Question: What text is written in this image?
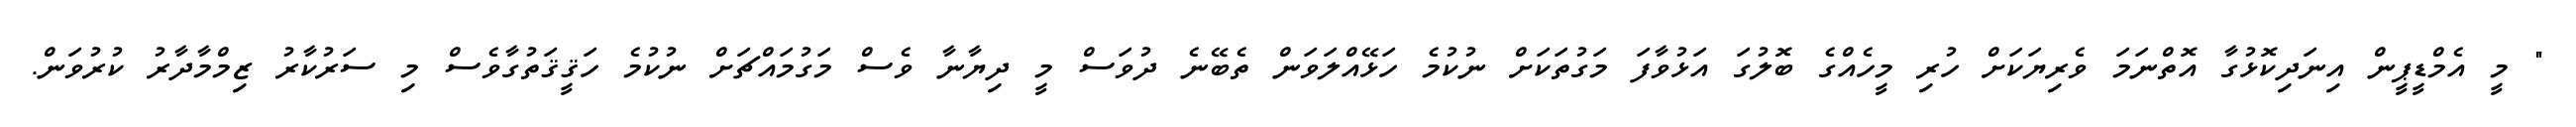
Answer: " މީ އެމްޑީޕީން އިނަދިކޮޅުގާ އޮތްނަމަ ވެރިޔަކަށް ހުރި މީހެއްގެ ބޮލުގަ އަޅުވާފަ މަގުތަކަށް ނުކުމެ ހަޅޭއްލަވަން ތެބޭނެ ދުވަސް މީ ދިޔާނާ ވެސް މަގުމައްޗަށް ނުކުމެ ހަޤީޤަތުގާވެސް މި ސަރުކާރު ޒިމްމާދާރު ކުރުވަން.